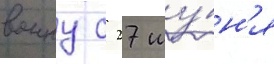
воину с 27 иу́н'я